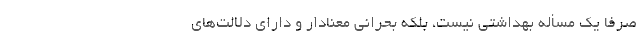
صرفاً یک مسأله بهداشتی نیست، بلکه بحرانی معنادار و دارای دلالت‌های